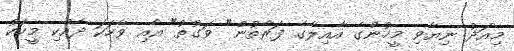
މިއަދު ނިޔާވި މީހުންގެ އާއިލާގެ ފަރާތުން" ވަގުތު" އާއި ވާހަކަ ދެއްކި މީހަކު